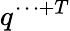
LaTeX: q^{\cdots+T}